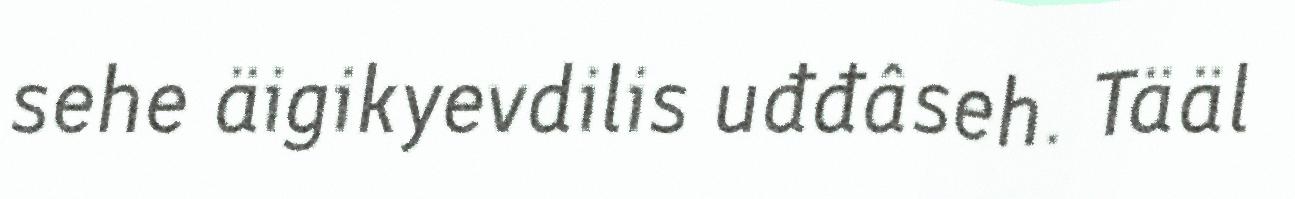
sehe äigikyevdilis uđđâseh. Tääl